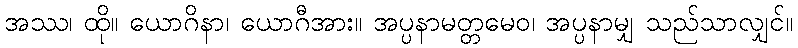
အဿ၊ ထို။ ယောဂိနာ၊ ယောဂီအား။ အပ္ပနာမတ္တမေဝ၊ အပ္ပနာမျှ သည်သာလျှင်။